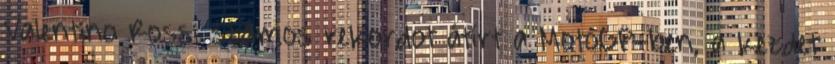
Valentino Rossi számos rekordot átírt a MotoGP-ben, a kezdet